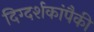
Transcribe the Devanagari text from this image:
दिग्दर्शकांपैकी